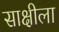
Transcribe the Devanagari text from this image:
साक्षीला